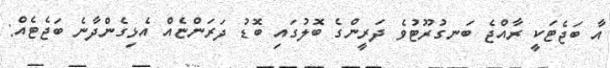
އާ ބަޖެޓަކީ ރާއްޖެ ބަނގުރޫޓުވެ ދަރީންގެ ބޮލުގައި ބޮޑު ދަރަންޏެއް އެޅިގެންދާނެ ބަޖެޓެއް: